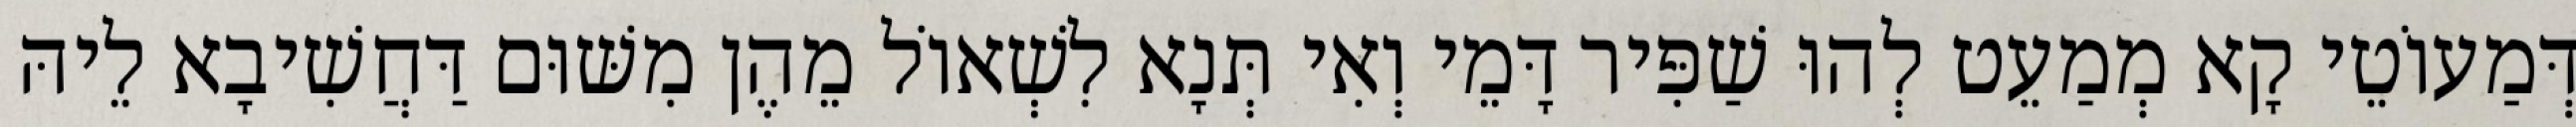
דְּמַעוֹטֵי קָא מְמַעֵט לְהוּ שַׁפִּיר דָּמֵי וְאִי תְּנָא לִשְׁאוֹל מֵהֶן מִשּׁוּם דַּחֲשִׁיבָא לֵיהּ